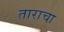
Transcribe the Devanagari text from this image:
ताराचा